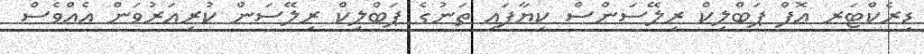
ޑިރެކްޓަރ އޮފް ޕަބްލިކް ރިލޭސަންސް ކިޔާފައި ތަނުގެ ޕަބްލިކް ރިލޭސަން ކުރިއަރުވަން އެއްވެސް